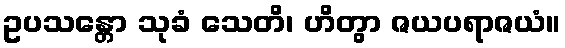
ဥပသန္တော သုခံ သေတိ၊ ဟိတွာ ဇယပရာဇယံ။